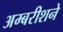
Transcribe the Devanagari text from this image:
अम्बरीशने